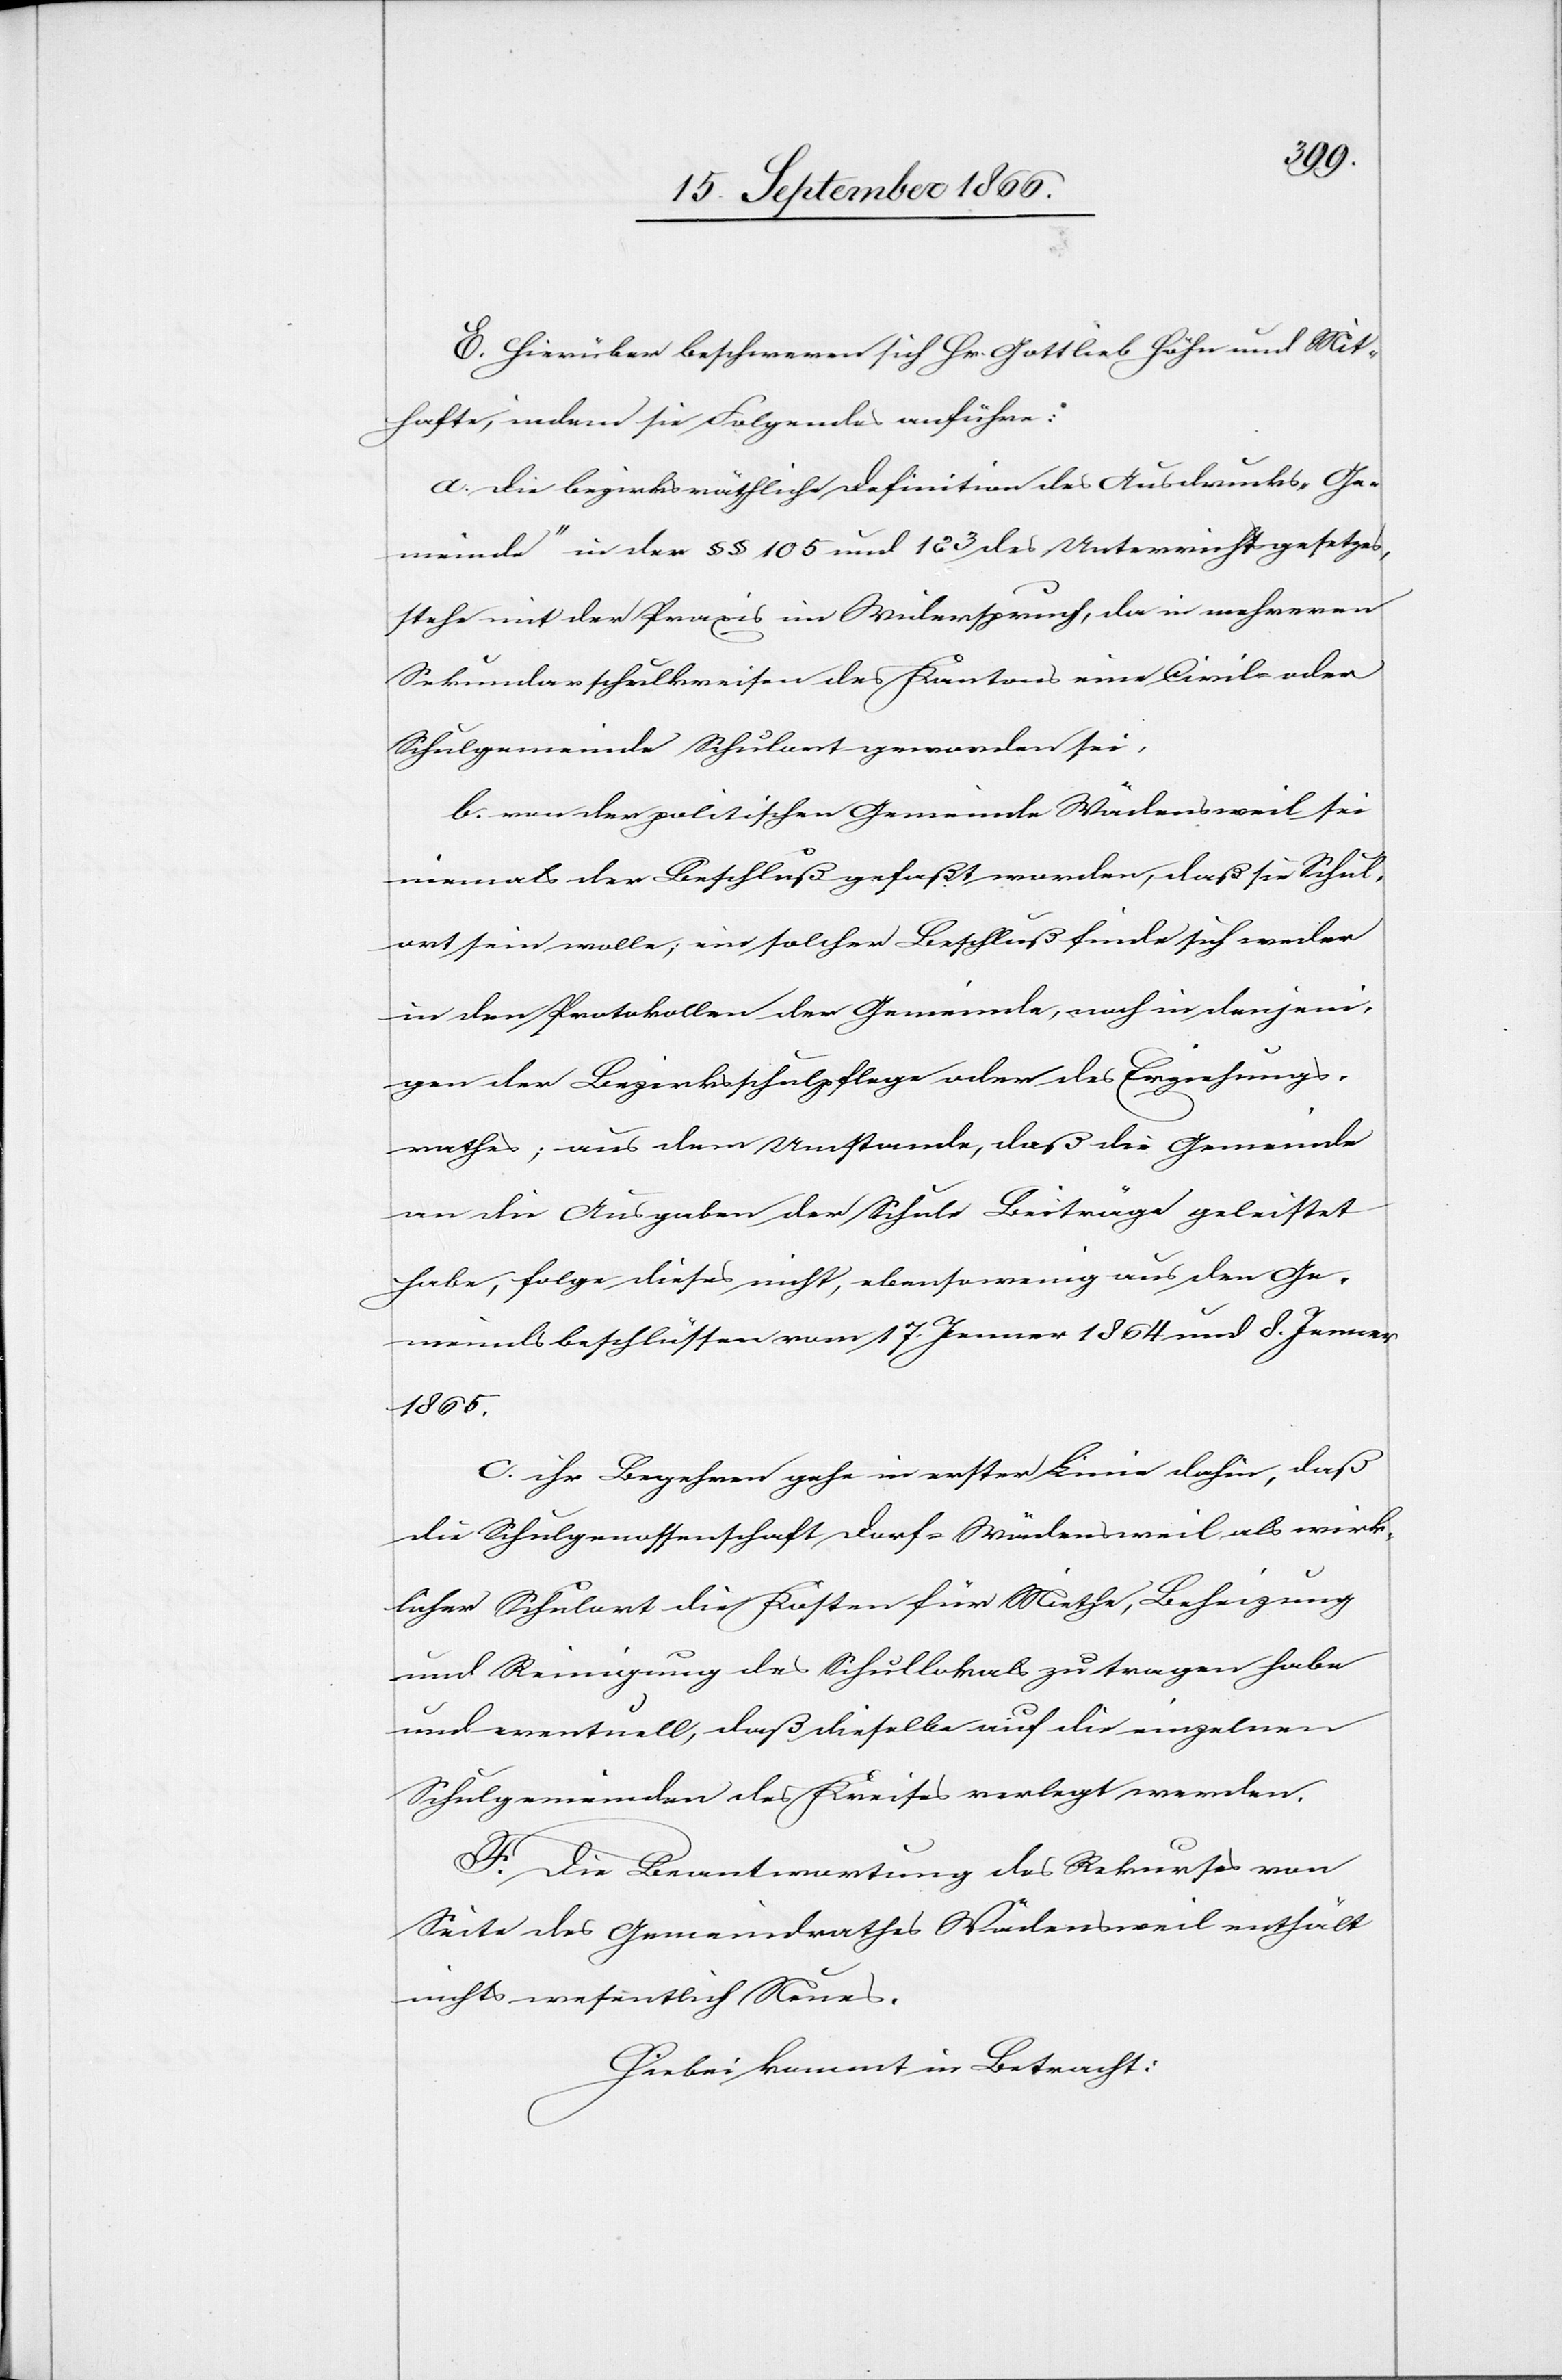
E. Hierüber beschweren sich Hr. Gottlieb Höhn und Mit¬
hafte, indem sie Folgendes anführe[n]:
a. die bezirksräthliche Definition des Ausdrucks „Ge¬
meinde“ in der § § 105 und 123 des Unterrichtsgesetzes,
stehe mit der Praxis im Widerspruch, da in mehreren
Sekundarschulkreisen des Kantons eine Civile oder
Schulgemeinde Schulort geworden sei.
b. von der politischen Gemeinde Wädensweil sei
niemals der Beschluß gefaßt worden, daß sie Schul¬
ort sein wolle; ein solcher Beschluß finde sich weder
in den Protokollen der Gemeinde, noch in denjeni¬
gen der Bezirksschulpflege oder des Erziehungs¬
rathes; aus dem Umstande, daß die Gemeinde
an die Ausgaben der Schule Beiträge geleistet
habe, folge dieses nicht, ebensowenig aus den Ge¬
meindbeschlüssen vom 17. Jenner 1864 und 8. Jenner
1865.
c. ihr Begehren gehe in erster Linie dahin, daß
die Schulgenossenschaft Dorf-Wädensweil als wirk¬
licher Schulort die Kosten für Miethe, Beheizung
und Reinigung des Schullokals zu tragen habe
und eventuell, daß dieselbe auf die einzelnen
Schulgemeinden des Kreises verlegt werden.
F. Die Beantwortung des Rekurses von
Seite des Gemeindrathes Wädensweil enthält
nicht wesentlich Neues.
Hiebei kommt in Betracht: